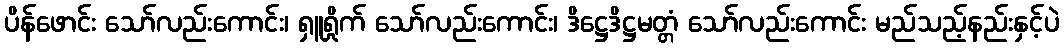
ပိန်ဖောင်း သော်လည်းကောင်း၊ ရှူရှိုက် သော်လည်းကောင်း၊ ဒိဋ္ဌေဒိဋ္ဌမတ္တံ သော်လည်းကောင်း မည်သည့်နည်းနှင့်ပဲ